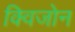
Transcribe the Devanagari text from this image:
क्विजोन